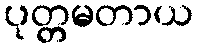
ပုတ္တမတာယ